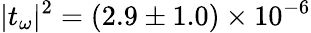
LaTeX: |t_{\omega}|^{2}=(2.9\pm 1.0)\times 10^{-6}